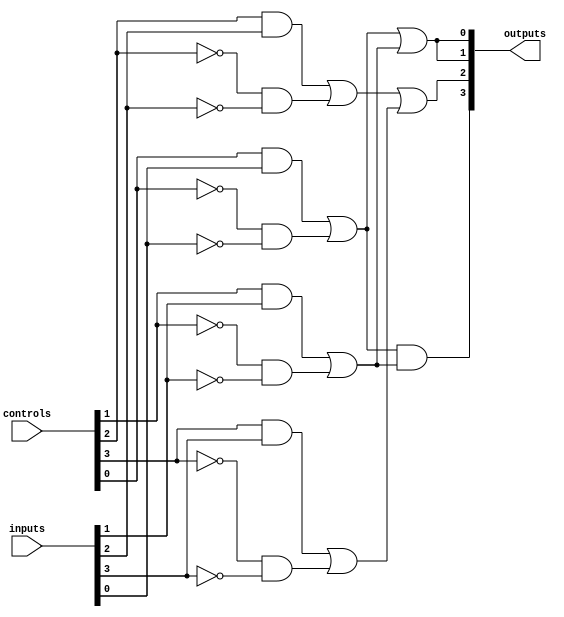
module Fused_PAL (
    input [n-1:0] inputs,   // Input signals (n can be configured)
    input [m-1:0] controls,  // Control signals for programming (m can be configured)
    output [p-1:0] outputs   // Output signals (p output lines)
);
    parameter n = 8; // Number of inputs (can be set from 8 to 32)
    parameter m = 4; // Number of programmable AND gates
    parameter p = 4; // Number of Outputs

    // Internal signals for programmable AND gates
    wire [m-1:0] and_outputs [0:1 << n - 1]; // AND outputs (fused logic)

    // Programming the AND gates (example representation)
    genvar i, j;
    generate
        for (i = 0; i < m; i = i + 1) begin: and_array
            for (j = 0; j < (1 << n); j = j + 1) begin : product_term
                // Example: Configurable AND gates based on control signals
                assign and_outputs[i][j] = (controls[i] & inputs[j]) | (~controls[i] & ~inputs[j]);
            end
        end
    endgenerate

    // Fixed OR array: combining outputs from AND gates
    // Assuming a fixed mapping of AND outputs to OR inputs (fused logic)
    assign outputs[0] = and_outputs[0][0] | and_outputs[1][1]; // Example output logic
    assign outputs[1] = and_outputs[1][1] | and_outputs[0][0]; // Example output logic
    assign outputs[2] = and_outputs[2][2] | and_outputs[3][3]; // Example output logic
    assign outputs[3] = and_outputs[0][0] & and_outputs[1][1]; // Example output logic
    
    // Control logic for reset or configuration reset (if required)
    always @(*) begin
        if (controls[m-1]) begin
            // Reset logic or reconfigure PAL
            // Add your logic for initialization
        end
    end

endmodule